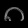
Digit: ၈